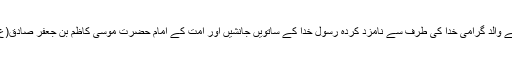
آپ کے والد گرامی خدا کی طرف سے نامزد کردہ رسول خدا کے ساتویں جانشیں اور امت کے امام حضرت موسی کاظم بن جعفر صادق(ع) ہیں۔